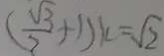
( \frac { \sqrt { 3 } } { 2 } + 1 ) k = \sqrt { 2 }